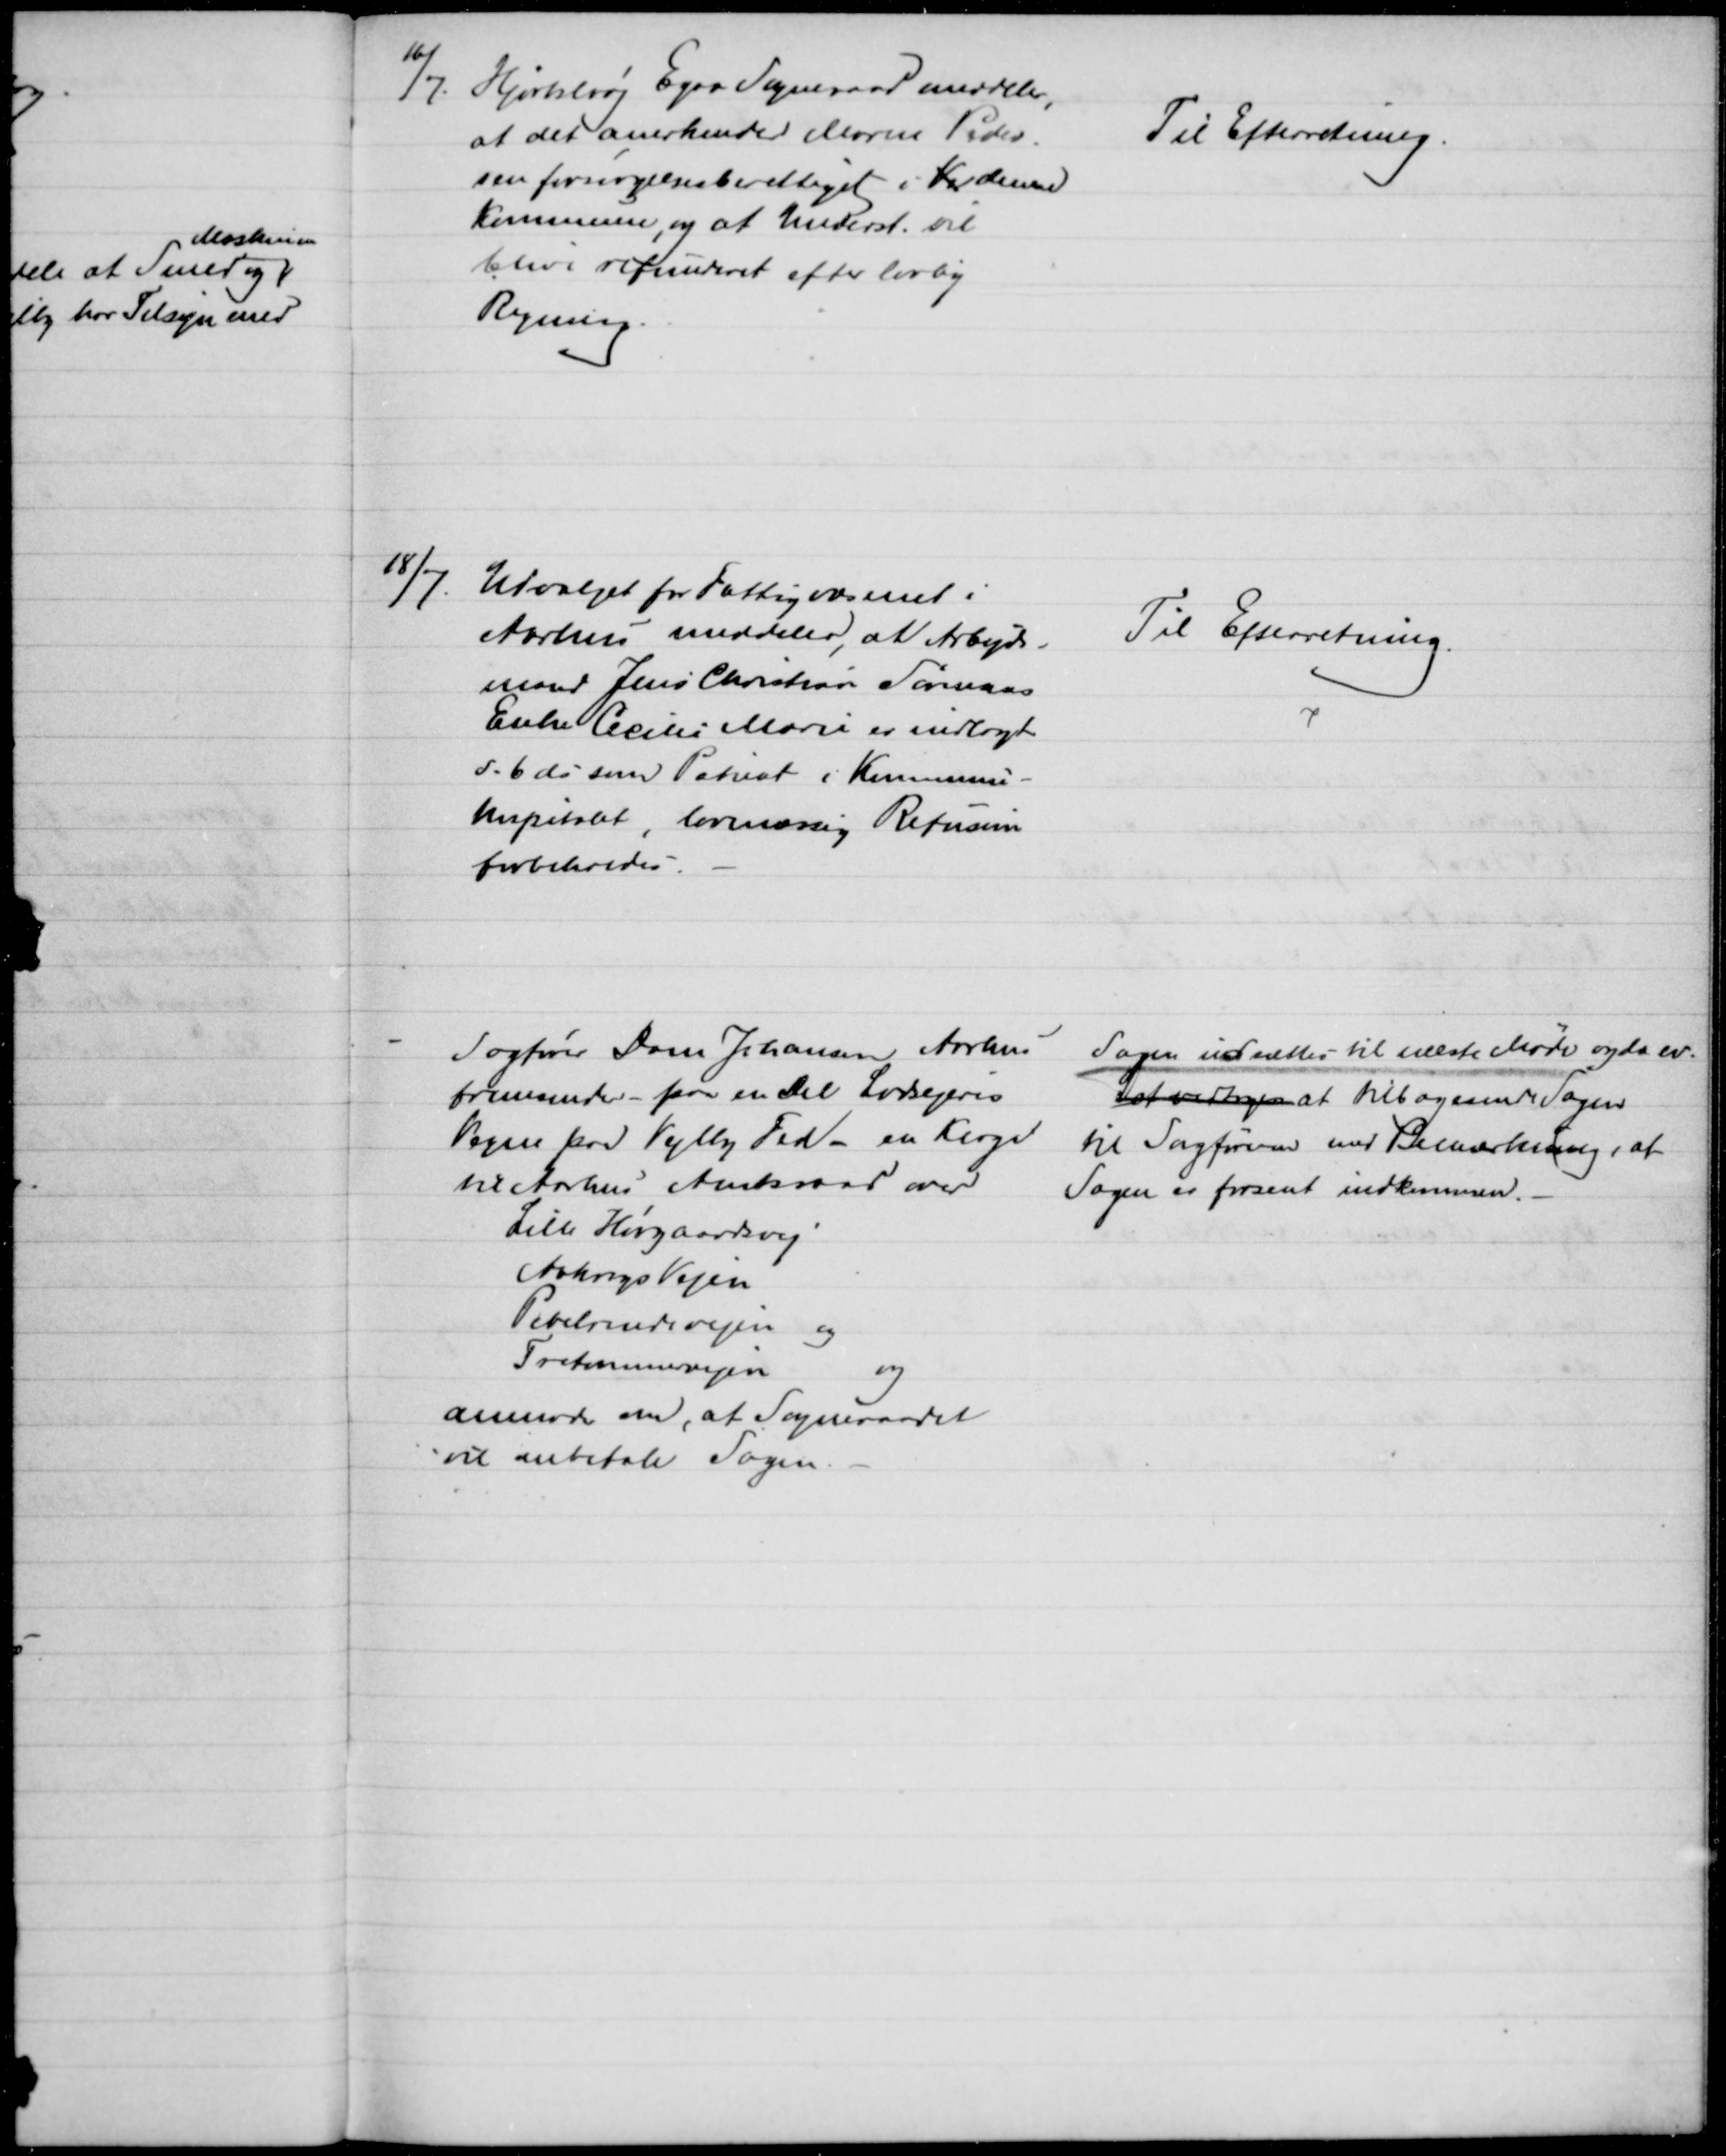
Transskription:
16/7. Hjortshøj Egaa Sogneraad meddeler,
at det anerkender Maren Peder-
sen forsøgelsesberettiget i Ve denne
Kommune, og at Underst. vil
blive refunderet efter lovlig
Regning.
Til Efterretning.
18/7. 
Udvalget for Fattigvæsenet i
Aarhus meddeler, at Arbejds-
mand Jens Christian Sørensens
Enke Cecilie Marie er indlagt
d. 6 ds som Patient i Kommune-
hospitalet, lovmæssig Refusion
forbeholdes.
Til Efterretning.
Sagfører Dam Johansen Aarhus
fremsender paa en del Lodsejeres
Vegne paa Vejlby Fed - en Klage
til Aarhus Amtsraad over
Lille Hørgaardsvej
Aakrogs Vejen
Pebelrendevejen og
Tretommervejen
og
anmoder om, at Sogneraadet
vil anbefale Sagen.
Sagen udsættes til næste Møde og da ev.
Det vedtoges at tilbagesende Sagen
til Sagføreren med Bemærkning, at
Sagen er forsent indkommen.